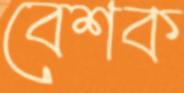
বেশক